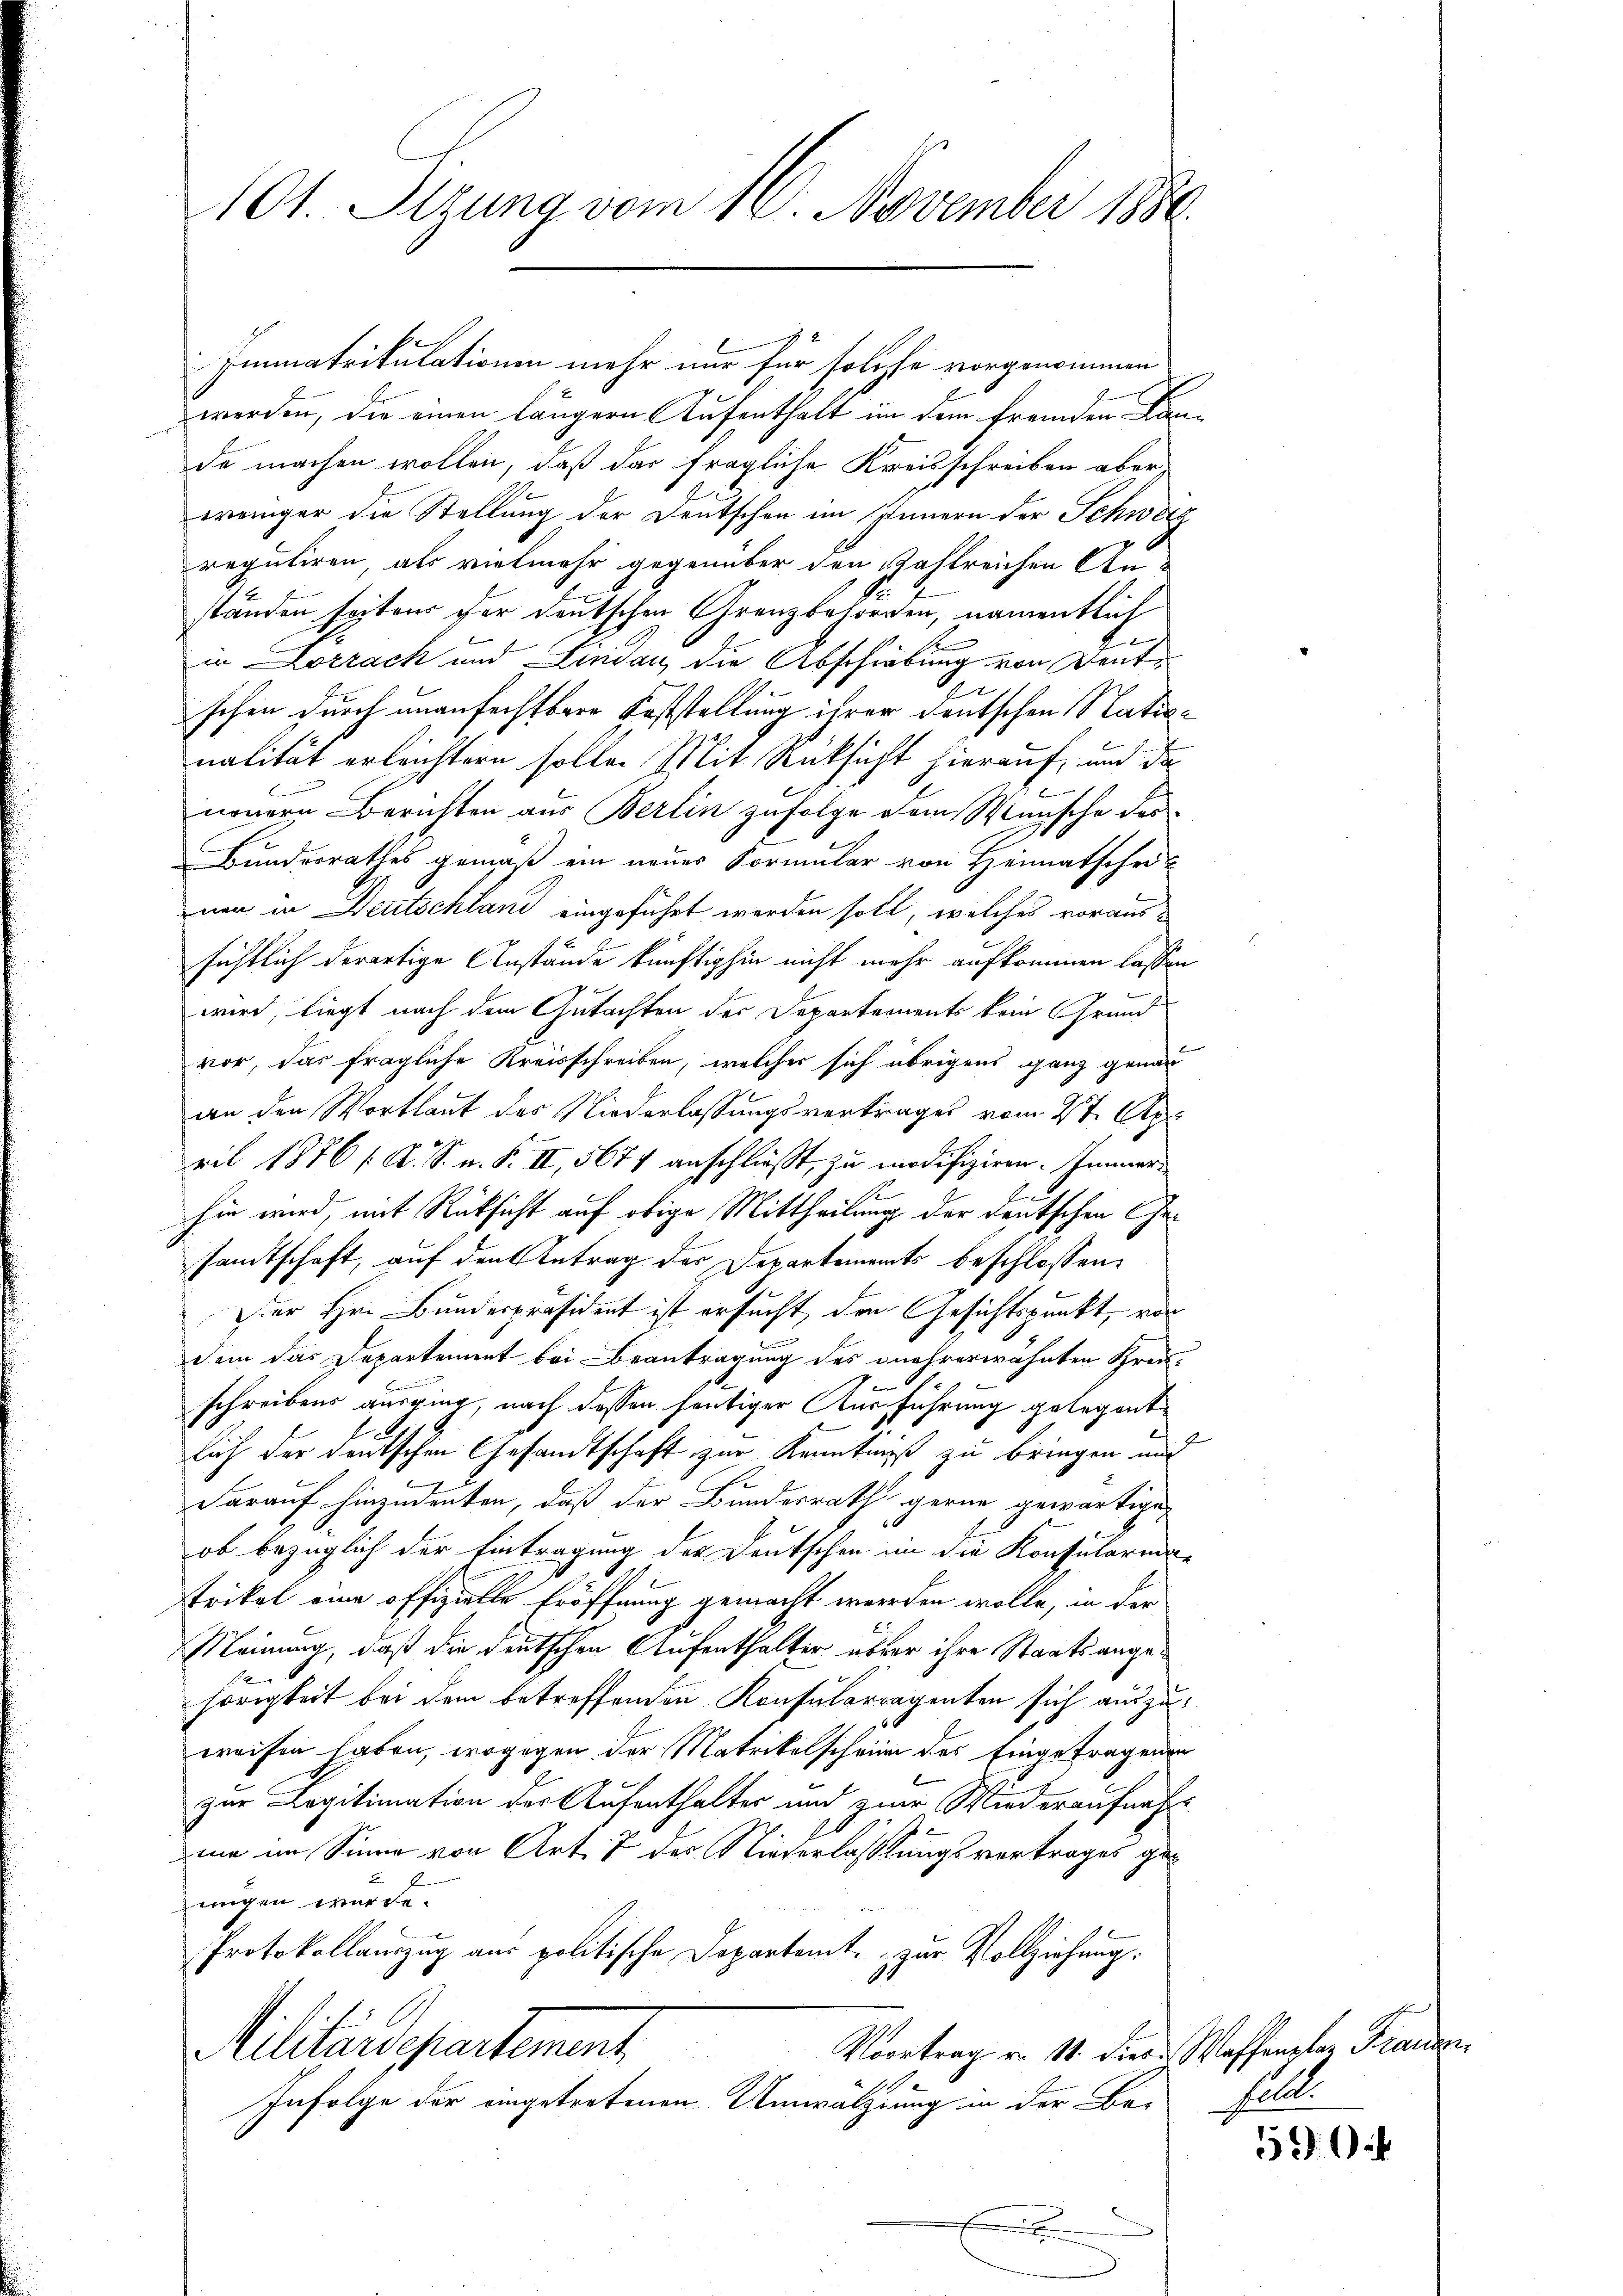
101. Sizung vom 16. November 1880.

Immatrikulationen mehr nur für solche vorgenommen
werden, die einen längern Aufenthalt im dem fremden Kan-
de machen wollen, daß das fragliche Kreisschreiben aber
ereinger die Stellung der Deutschen im Innern der Schwerz
reguliren, als vielmehr gegenüber den Zahlreichen Anständen seitens der deutschen Granzbesorgen, namentlich
in Lörrach und Lindau, die Abschiebung von Deut
schen durch unanfechtbare Feststellung ihrer deutschen Nationalität erleichtern solle. Mit Rücksicht hierauf, und da
neuern Berichten aus Berlin zufolge dem Wunsche des
Bundesrathes gemäß ein neuer Vormular von Heimatschei-
nen in Deutschland eingeführt worden soll, welches voraussichtlich derartige Anstände künftighin nicht mehr aufkommen lassen
wird, liegt nach dem Gutachten der Departements kein Grundvor, das fragliche Kreisschreiben, welcher sich übrigens ganz genau
an den Wortlaut des Niederlassungsvertrages vom 27. Apr
ril 1876 f. A. S. n. F. II, 5677 anschließt, zu modifiziren. Immerhin wird, mit Rücksicht auf obige Mittheilung der deutschen Gesandtschaft, auf den Antrag der Departements beschlossen:
Der Hrn. Bundespräsident ist ersucht, den Gesichtspunkt, von
dem das Departement bei Beantragung des unehrerwähnten Kreisschreibens ausging, nach dessen heutiger Ausführung gelegent
lich der deutschen Gesandtschaft zur Kenntniß zu bringen und
darauf hinzudenten, daß der Bundesrath gerne gewärtige
ob bezüglich der Eintragung der Deutschen in die Konsularius
trikel eine offizielle Eröffnung gemacht werden wolle, in der
Meinung, daß die deutschen Aufenthalter über ihre Staatsangehörigkeit bei dem betreffenden Konsularragenten sich auszuweisen haben, wogegen der Matrikelscheine des Eingetragenen
zur Legitimation der Aufenthalter und zwar Wiederaufnahmie im Sinne von Art. 7 des Niederlassungsvertrages geungen würde.
Protokollauszug aus politische Departemte zur Vollziehung.
Militärdepartement
Vortrag v. 11. diese Waffenplan Frauen,

Infolge der eingetretenen Umwälzung in der Be-

e

Eall

59